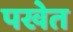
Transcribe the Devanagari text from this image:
पखेत